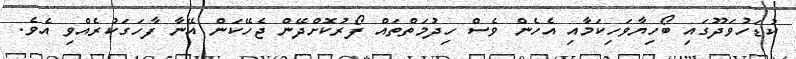
ކުޑަހުވަދޫގައި ބޯހިޔާވަހިކަމާއި އެހެން ވެސް ހިދުމަތްތައް ފޯރުކޮށްދޭން ޖެހޭކަން އޭނާ ފާހަގަކުރެއްވި އެވެ.